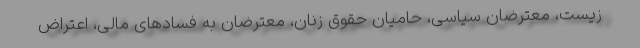
زیست، معترضان سیاسی، حامیان حقوق زنان، معترضان به فسادهای مالی، اعتراض